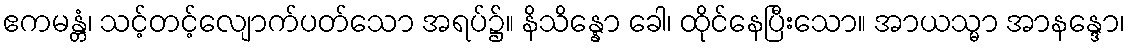
ဧကမန္တံ၊ သင့်တင့်လျောက်ပတ်သော အရပ်၌။ နိသိန္နော ခေါ၊ ထိုင်နေပြီးသော။ အာယသ္မာ အာနန္ဒော၊